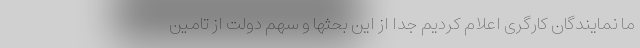
ما نمایندگان کارگری اعلام کردیم جدا از این بحثها و سهم دولت از تامین